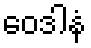
ဝေဒါနံ